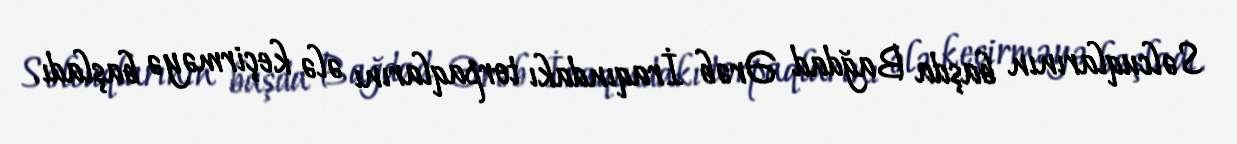
Səlcuqlarının başda Bağdad Ərəb İraqındakı torpaqlarını ələ keçirməyə başladı.